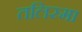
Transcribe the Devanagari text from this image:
तलिस्मा